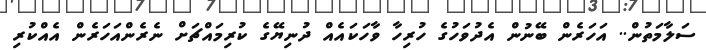
ސަލާމަތުން.. އަހަރެން ބޭނުން އެދުވަހުގެ ހުރިހާ ވާހަކައެއް ދުނިޔޭގެ ކުރިމައްޗަށް ނެރެންއަހަރެން އެއްކުރި